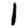
Digit: 1